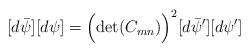
LaTeX: \begin{align*}[d\bar\psi][d\psi]=\Bigl(\det(C_{mn})\Bigr)^2[d\bar\psi^\prime][d\psi^\prime]\end{align*}